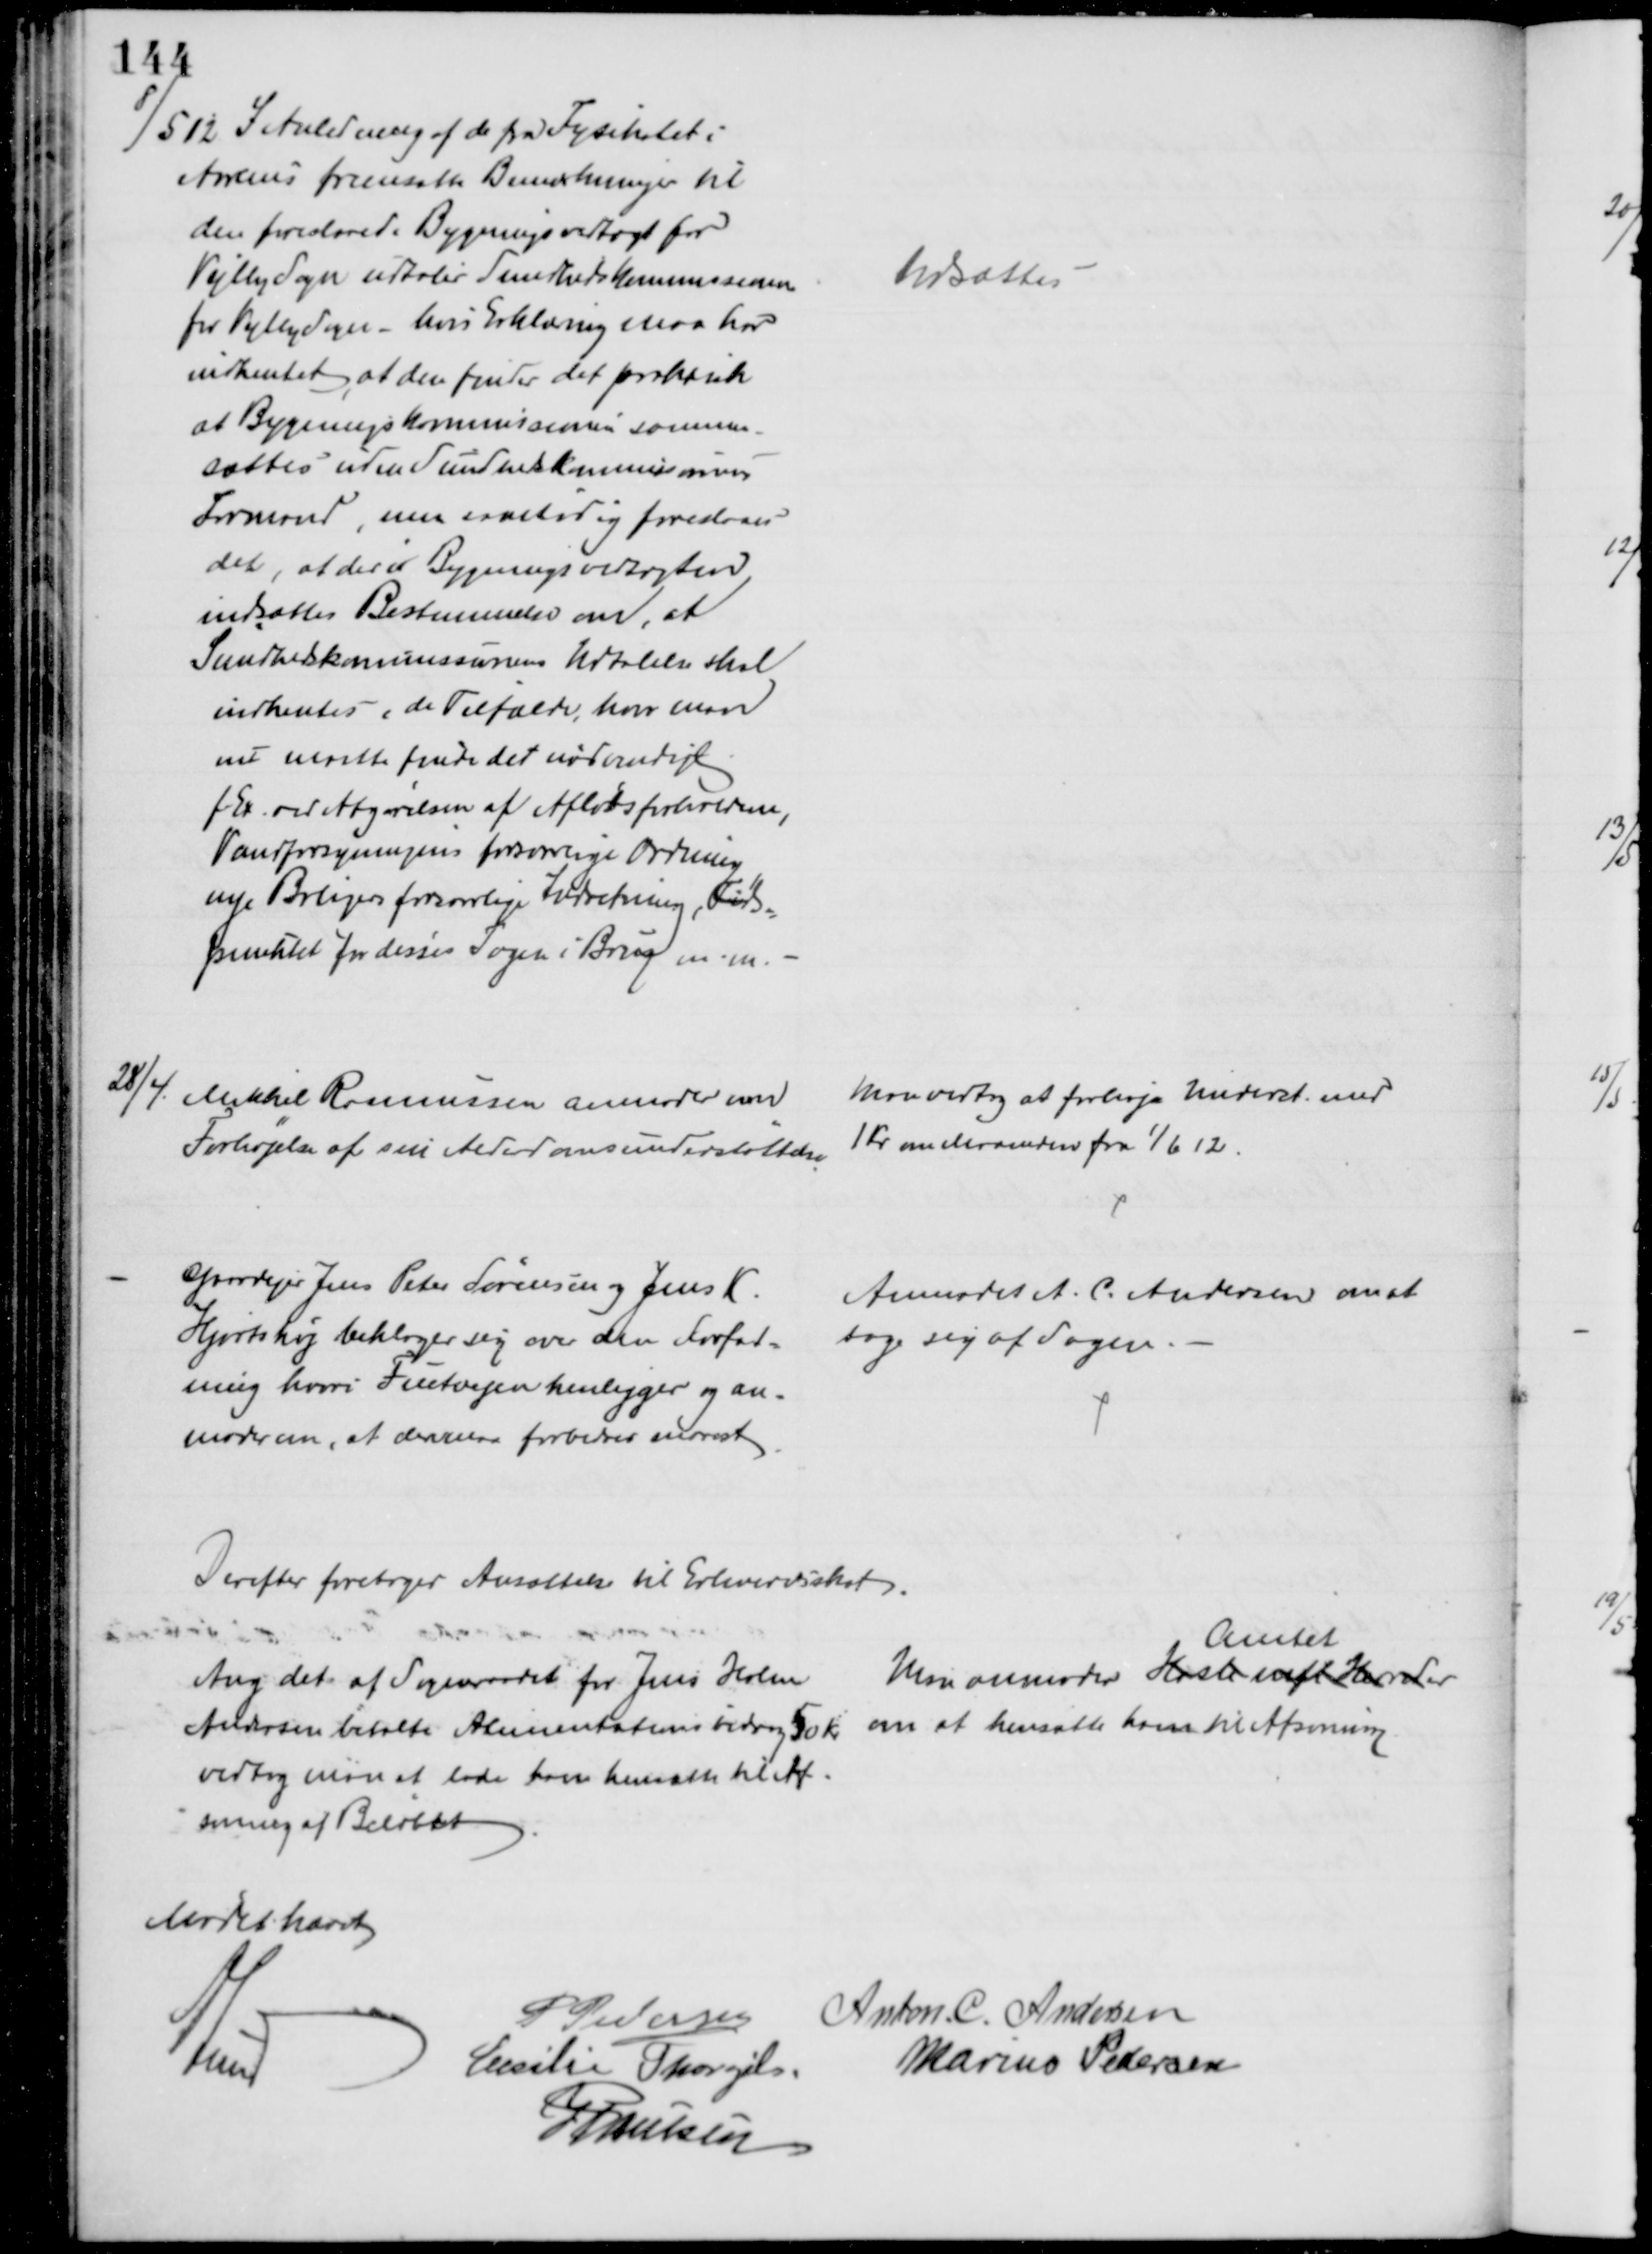
Transskription:
8/5 12 I Anledning af de fra Fysikalet i
Aarhus fremsatte Bemærkninger til
den foreslaaede Bygningsvedtægt for
Vejlby Sogn udtaler Sundhedskommissionen
for Vejlby Sogn - hvis Erklæring man har
indhentet, at den finder det praktisk
at Bygningskommissionen sammen- 
sættes uden Sundhedskommissionens
Formand, men samtidig foreslaaes
det, at der i Bygningsvedtægten
indsættes Bestemmelse om, at
Sundhedskommissionens Udtalelse skal
indhentes i de Tilfælde, hvor man
end maatte finde det nødvendigt
f Ex. ved Afgørelsen af Afløbsforholdene,
Vandforsyningens forsonlige Ordning
nye Boligers forsonlige Indretning, Tids-
punktet for disses Tagen i Brug m.m.
Udsættes
28/4.
Mikkel Rasmussen anmoder om
Forhøjelse af sin Alderdomsunderstøttelse
Man vedtog at forhøje Underst. med
1 Kr om Maaneden fra 1/6 12.
Gaardejer Jens Peter Sørensen og Jens K.
Hjortshøj beklager sig over den Forfat-
ning hvori Fuetvejen henligger og an-
moder om, at den maa forbedres snarest
Anmodet A. C. Andersen om at
tage sig af Sagen.
Derefter foretoges Ansættelse til Erhvervsskat.
Ang det af Sogneraadet for Jens Holm
Andersen betalte Alimentationsbidrag 50 Kr
vedtog man at lade ham hensætte til Af-
soning af Beløbet
Man anmoder Hasle mfl Herreder
Amtet
om at hensætte ham til Afsoning.
Mødet hævet
A Lund
P Pedersen
Anton. C. Andersen
Cecilie Thorgils.
Marius Pedersen
J Poulsen